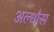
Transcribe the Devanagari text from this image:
अल्धौस